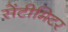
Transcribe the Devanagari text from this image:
सेंटीमिटर